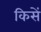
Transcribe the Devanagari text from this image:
किसें